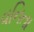
વનિતા